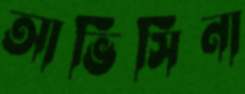
আভিসিনা